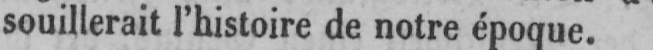
souillerait l’histoire de notre époque.